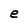
Character: e